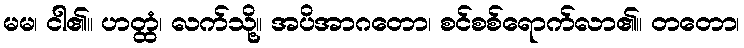
မမ၊ ငါ၏။ ဟတ္ထံ၊ လက်သို့။ အပိအာဂတော၊ စင်စစ်ရောက်လာ၏။ တတော၊